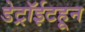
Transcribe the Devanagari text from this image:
डेट्रॉईटहून